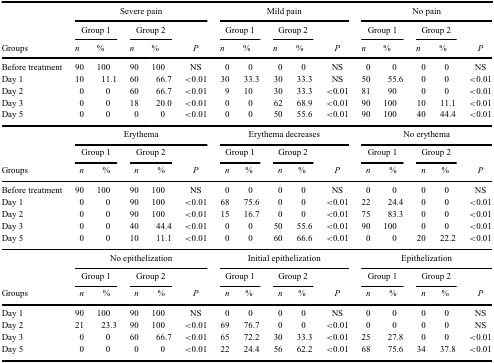
<table><thead><tr><td><b> </b></td><td colspan="5"><b>Severe pain</b></td><td colspan="5"><b>Mild pain</b></td><td colspan="5"><b>No pain</b></td></tr><tr><td><b> </b></td><td colspan="2"><b>Group 1</b></td><td colspan="2"><b>Group 2</b></td><td><b> </b></td><td colspan="2"><b>Group 1</b></td><td colspan="2"><b>Group 2</b></td><td><b> </b></td><td colspan="2"><b>Group 1</b></td><td colspan="2"><b>Group 2</b></td><td><b> </b></td></tr><tr><td><b>Groups</b></td><td><b><i>n</i></b></td><td><b>%</b></td><td><b><i>n</i></b></td><td><b>%</b></td><td><b><i>P</i></b></td><td><b><i>n</i></b></td><td><b>%</b></td><td><b><i>n</i></b></td><td><b>%</b></td><td><b><i>P</i></b></td><td><b><i>n</i></b></td><td><b>%</b></td><td><b><i>n</i></b></td><td><b>%</b></td><td><b><i>P</i></b></td></tr></thead><tbody><tr><td>Before treatment</td><td>90</td><td>100</td><td>90</td><td>100</td><td>NS</td><td>0</td><td>0</td><td>0</td><td>0</td><td>NS</td><td>0</td><td>0</td><td>0</td><td>0</td><td>NS</td></tr><tr><td>Day 1</td><td>10</td><td>11.1</td><td>60</td><td>66.7</td><td>&lt;0.01</td><td>30</td><td>33.3</td><td>30</td><td>33.3</td><td>NS</td><td>50</td><td>55.6</td><td>0</td><td>0</td><td>&lt;0.01</td></tr><tr><td>Day 2</td><td>0</td><td>0</td><td>60</td><td>66.7</td><td>&lt;0.01</td><td>9</td><td>10</td><td>30</td><td>33.3</td><td>&lt;0.01</td><td>81</td><td>90</td><td>0</td><td>0</td><td>&lt;0.01</td></tr><tr><td>Day 3</td><td>0</td><td>0</td><td>18</td><td>20.0</td><td>&lt;0.01</td><td>0</td><td>0</td><td>62</td><td>68.9</td><td>&lt;0.01</td><td>90</td><td>100</td><td>10</td><td>11.1</td><td>&lt;0.01</td></tr><tr><td>Day 5</td><td>0</td><td>0</td><td>0</td><td>0</td><td>&lt;0.01</td><td>0</td><td>0</td><td>50</td><td>55.6</td><td>&lt;0.01</td><td>90</td><td>100</td><td>40</td><td>44.4</td><td>&lt;0.01</td></tr><tr><td> </td><td colspan="5">Erythema</td><td colspan="5">Erythema decreases</td><td colspan="5">No erythema</td></tr><tr><td> </td><td colspan="2">Group 1</td><td colspan="2">Group 2</td><td> </td><td colspan="2">Group 1</td><td colspan="2">Group 2</td><td> </td><td colspan="2">Group 1</td><td colspan="2">Group 2</td><td> </td></tr><tr><td>Groups</td><td><i>n</i></td><td>%</td><td><i>n</i></td><td>%</td><td><i>P</i></td><td><i>n</i></td><td>%</td><td><i>n</i></td><td>%</td><td><i>P</i></td><td><i>n</i></td><td>%</td><td><i>n</i></td><td>%</td><td><i>P</i></td></tr><tr><td>Before treatment</td><td>90</td><td>100</td><td>90</td><td>100</td><td>NS</td><td>0</td><td>0</td><td>0</td><td>0</td><td>NS</td><td>0</td><td>0</td><td>0</td><td>0</td><td>NS</td></tr><tr><td>Day 1</td><td>0</td><td>0</td><td>90</td><td>100</td><td>&lt;0.01</td><td>68</td><td>75.6</td><td>0</td><td>0</td><td>&lt;0.01</td><td>22</td><td>24.4</td><td>0</td><td>0</td><td>&lt;0.01</td></tr><tr><td>Day 2</td><td>0</td><td>0</td><td>90</td><td>100</td><td>&lt;0.01</td><td>15</td><td>16.7</td><td>0</td><td>0</td><td>&lt;0.01</td><td>75</td><td>83.3</td><td>0</td><td>0</td><td>&lt;0.01</td></tr><tr><td>Day 3</td><td>0</td><td>0</td><td>40</td><td>44.4</td><td>&lt;0.01</td><td>0</td><td>0</td><td>50</td><td>55.6</td><td>&lt;0.01</td><td>90</td><td>100</td><td>0</td><td>0</td><td>&lt;0.01</td></tr><tr><td>Day 5</td><td>0</td><td>0</td><td>10</td><td>11.1</td><td>&lt;0.01</td><td>0</td><td>0</td><td>60</td><td>66.6</td><td>&lt;0.01</td><td>0</td><td>0</td><td>20</td><td>22.2</td><td>&lt;0.01</td></tr><tr><td> </td><td colspan="5">No epithelization</td><td colspan="5">Initial epithelization</td><td colspan="5">Epithelization</td></tr><tr><td> </td><td colspan="2">Group 1</td><td colspan="2">Group 2</td><td> </td><td colspan="2">Group 1</td><td colspan="2">Group 2</td><td> </td><td colspan="2">Group 1</td><td colspan="2">Group 2</td><td> </td></tr><tr><td>Groups</td><td><i>n</i></td><td>%</td><td><i>n</i></td><td>%</td><td><i>P</i></td><td><i>n</i></td><td>%</td><td><i>n</i></td><td>%</td><td><i>P</i></td><td><i>n</i></td><td>%</td><td><i>n</i></td><td>%</td><td><i>P</i></td></tr><tr><td>Day 1</td><td>90</td><td>100</td><td>90</td><td>100</td><td>NS</td><td>0</td><td>0</td><td>0</td><td>0</td><td>NS</td><td>0</td><td>0</td><td>0</td><td>0</td><td>NS</td></tr><tr><td>Day 2</td><td>21</td><td>23.3</td><td>90</td><td>100</td><td>&lt;0.01</td><td>69</td><td>76.7</td><td>0</td><td>0</td><td>&lt;0.01</td><td>0</td><td>0</td><td>0</td><td>0</td><td>NS</td></tr><tr><td>Day 3</td><td>0</td><td>0</td><td>60</td><td>66.7</td><td>&lt;0.01</td><td>65</td><td>72.2</td><td>30</td><td>33.3</td><td>&lt;0.01</td><td>25</td><td>27.8</td><td>0</td><td>0</td><td>&lt;0.01</td></tr><tr><td>Day 5</td><td>0</td><td>0</td><td>0</td><td>0</td><td>&lt;0.01</td><td>22</td><td>24.4</td><td>56</td><td>62.2</td><td>&lt;0.01</td><td>68</td><td>75.6</td><td>34</td><td>37.8</td><td>&lt;0.01</td></tr></tbody></table>